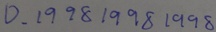
0 . 1 9 9 8 1 9 9 8 1 9 9 8